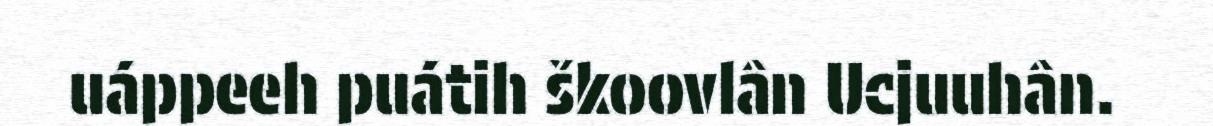
uáppeeh puátih škoovlân Ucjuuhân.